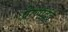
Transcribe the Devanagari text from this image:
प्रेरणाद्वंद्व